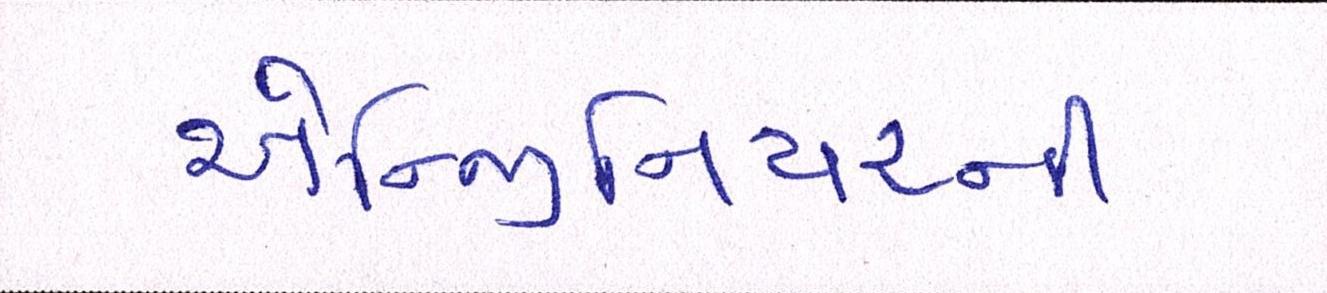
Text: એન્જિનિયરની